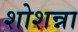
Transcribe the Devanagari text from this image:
शोशन्ना